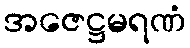
အဇေဋ္ဌမရဏံ